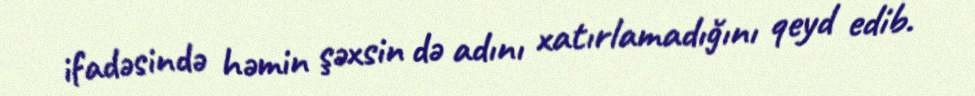
ifadəsində həmin şəxsin də adını xatırlamadığını qeyd edib.